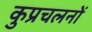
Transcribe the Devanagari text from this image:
कुप्रचलनों